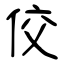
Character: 佼